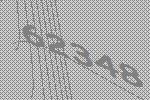
62348